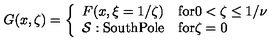
G ( x , \zeta ) = \left\{ \begin{array} { l l } { F ( x , \xi = 1 / \zeta ) } & { \mathrm { f o r 0 < \zeta \leq 1 / \nu } } \\ { { \cal S } : \mathrm { S o u t h P o l e } } & { \mathrm { f o r \zeta = 0 } } \\ \end{array} \right.